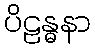
ပိဠန္ဓနာ